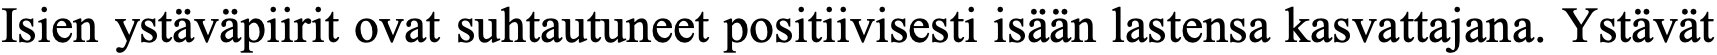
Isien ystäväpiirit ovat suhtautuneet positiivisesti isään lastensa kasvattajana. Ystävät